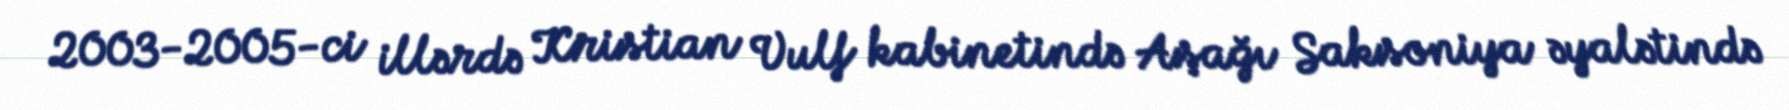
2003-2005-ci illərdə Kristian Vulf kabinetində Aşağı Saksoniya əyalətində